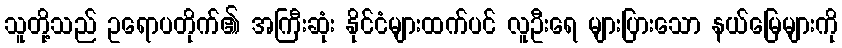
သူတို့သည် ဥရောပတိုက်၏ အကြီးဆုံး နိုင်ငံများထက်ပင် လူဦးရေ များပြားသော နယ်မြေများကို